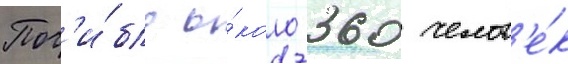
Пог'и́бло о́коло 360 челов'е́к